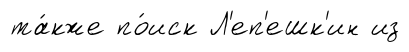
та́кже по́иск Л'еп'ешк'ин из